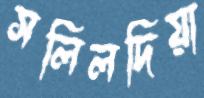
সলিলদিয়া